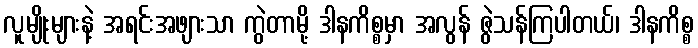
လူမျိုးများနဲ့ အရင်းအဖျားသာ ကွဲတာမို့ ဒါနကိစ္စမှာ အလွန် ဇွဲသန်ကြပါတယ်၊ ဒါနကိစ္စ